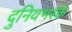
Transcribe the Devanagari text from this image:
दुनियभरके